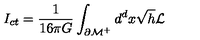
I _ { c t } = \frac { 1 } { 1 6 \pi G } \int _ { { \cal \partial M } ^ { + } } d ^ { d } x \sqrt { h } { \cal L }